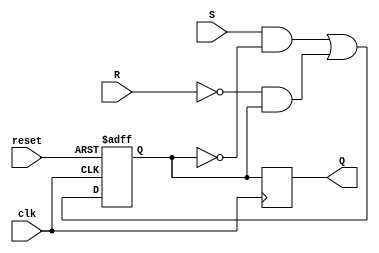
module sr_master_slave_flipflop(
    input wire clk,
    input wire reset,
    input wire S,
    input wire R,
    output reg Q
);

reg intermediate_Q;

always @(posedge clk or posedge reset) begin
    if (reset) begin
        intermediate_Q <= 1'b0;
    end else begin
        intermediate_Q <= (S & ~intermediate_Q) | (~R & intermediate_Q);
    end
end

always @(posedge clk) begin
    Q <= intermediate_Q;
end

endmodule